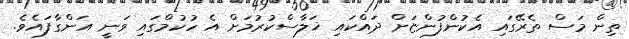
ތިން މަސް ތެރޭގައި އެކުންފުންޏަށް ދައްކައި ޚަލާސްކުރުމަށް އެ ހުކުމްގައި ވަނީ އަންގާފައެވެ.